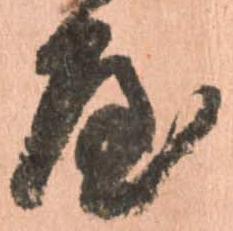
屋